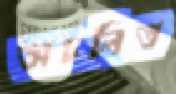
অচলিত